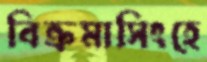
বিক্রমাসিংহে